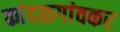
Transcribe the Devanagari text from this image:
कांदळगांवकर